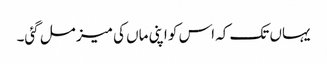
یہاں تک کہ اس کو اپنی ماں کی میز مل گئی۔